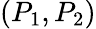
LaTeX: (P_{1},P_{2})